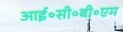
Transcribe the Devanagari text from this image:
आई॰सी॰बी॰एम